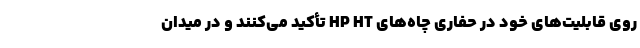
روی قابلیت‌های خود در حفاری چاه‌های HP HT تأکید می‌کنند و در میدان